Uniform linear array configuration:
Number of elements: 8
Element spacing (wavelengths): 0.25
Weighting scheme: blackman
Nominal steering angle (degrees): -15
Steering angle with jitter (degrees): -16.428
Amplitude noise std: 0.05
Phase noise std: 0.05

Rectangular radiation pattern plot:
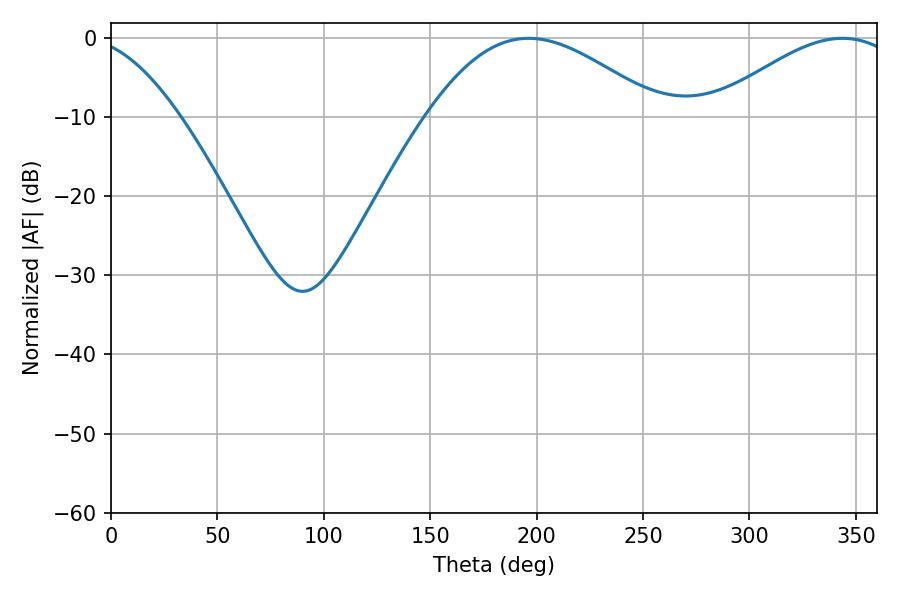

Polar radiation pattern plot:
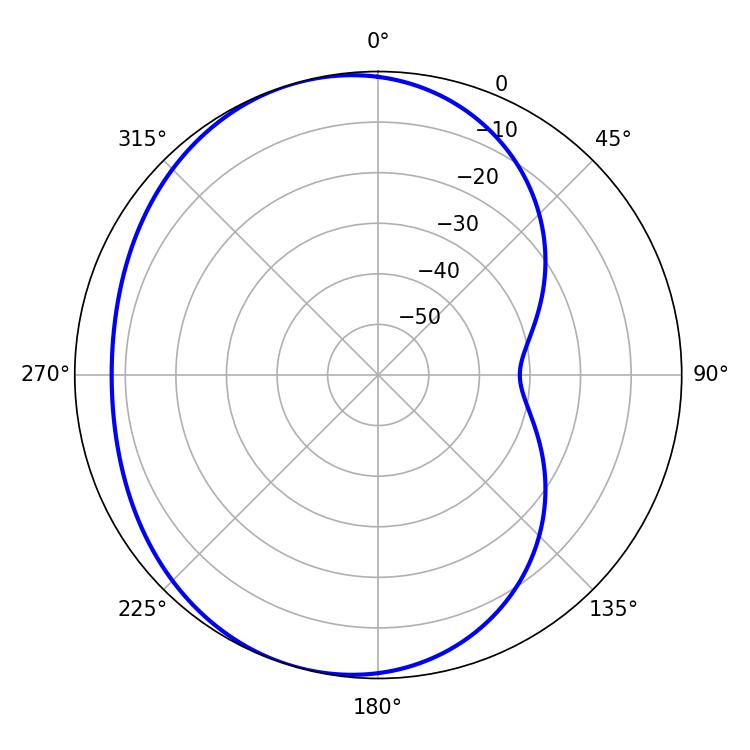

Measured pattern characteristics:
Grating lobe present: FALSE
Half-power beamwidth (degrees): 59.22
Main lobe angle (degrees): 196.2